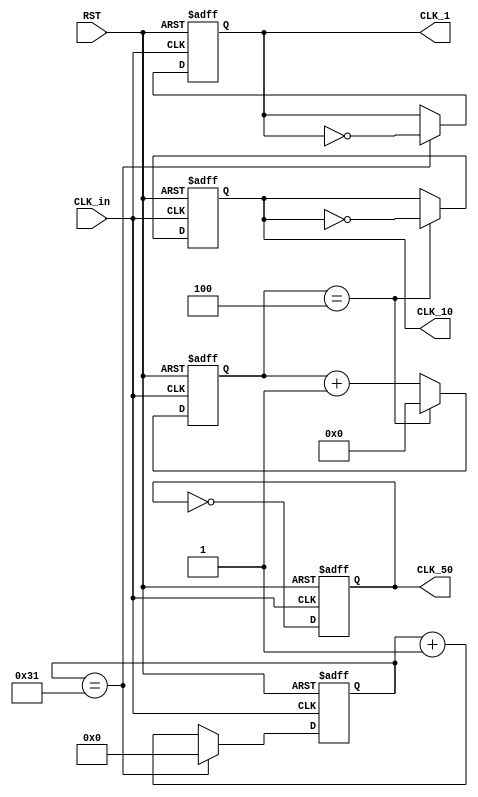
module freq_div(
    input CLK_in,  // Input clock signal
    input RST,     // Reset signal
    output reg CLK_50,  // Output clock signal with a frequency of CLK_in divided by 2
    output reg CLK_10,  // Output clock signal with a frequency of CLK_in divided by 10
    output reg CLK_1    // Output clock signal with a frequency of CLK_in divided by 100
);

    // Counter for the CLK_10 generation
    reg [3:0] cnt_10 = 4'd0; // 4 bits counter to count up to 9 (10 states)
    
    // Counter for the CLK_1 generation
    reg [6:0] cnt_100 = 7'd0; // 7 bits counter to count up to 99 (100 states)

    // CLK_50 generation
    always @(posedge CLK_in or posedge RST) begin
        if (RST) begin
            CLK_50 <= 1'b0;
        end else begin
            CLK_50 <= ~CLK_50;
        end
    end

    // CLK_10 generation
    always @(posedge CLK_in or posedge RST) begin
        if (RST) begin
            cnt_10 <= 4'd0;
            CLK_10 <= 1'b0;
        end else begin
            if (cnt_10 == 4'd4) begin
                CLK_10 <= ~CLK_10;
                cnt_10 <= 4'd0;
            end else begin
                cnt_10 <= cnt_10 + 1'b1;
            end
        end
    end

    // CLK_1 generation
    always @(posedge CLK_in or posedge RST) begin
        if (RST) begin
            cnt_100 <= 7'd0;
            CLK_1 <= 1'b0;
        end else begin
            if (cnt_100 == 7'd49) begin
                CLK_1 <= ~CLK_1;
                cnt_100 <= 7'd0;
            end else begin
                cnt_100 <= cnt_100 + 1'b1;
            end
        end
    end

endmodule